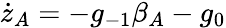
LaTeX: \dot{z}_{A}=-g_{-1}\beta_{A}-g_{0}